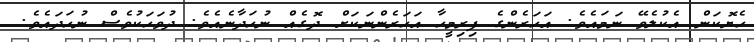
ހެޔޮކަން އެކުލެވޭ ނަމައެވެ. އަހަރެންގެ ފިރިމީހާ އަހަރެންނަކަށް ދޮގެއް ނުހަދާނެއެވެ. ދުވަހަކުވެސް ނުހަދައެވެ.